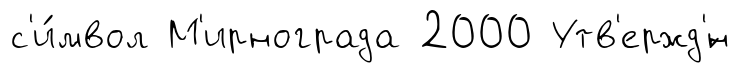
с'и́мвол М'ирнограда 2000 Утв'ержд'́н